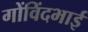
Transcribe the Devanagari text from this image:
गोंविंदभाई